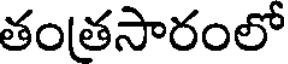
తంతసారంలో